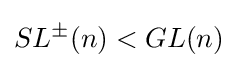
SL^{\pm }(n)<GL(n)